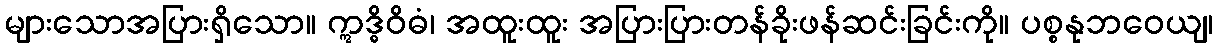
များသောအပြားရှိသော။ ဣဒ္ဓိဝိဓံ၊ အထူးထူး အပြားပြားတန်ခိုးဖန်ဆင်းခြင်းကို။ ပစ္စနုဘဝေယျ၊